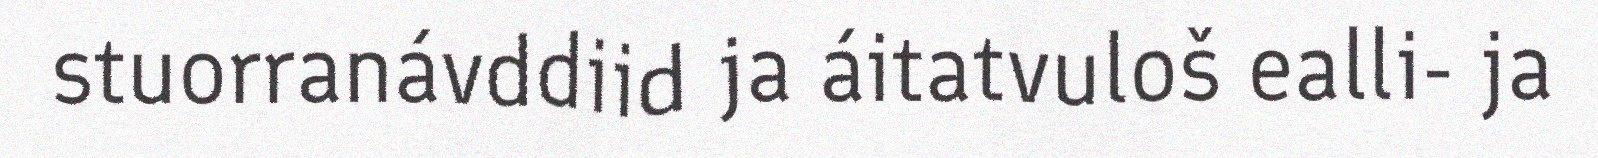
stuorranávddiid ja áitatvuloš ealli- ja